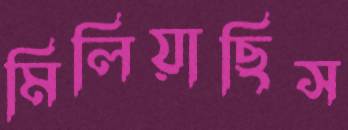
মিলিয়াছিস